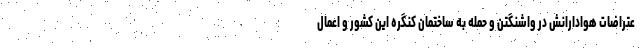
عتراضات هوادارانش در واشنگتن و حمله به ساختمان کنگره این کشور و اعمال